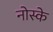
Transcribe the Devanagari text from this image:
नोस्के